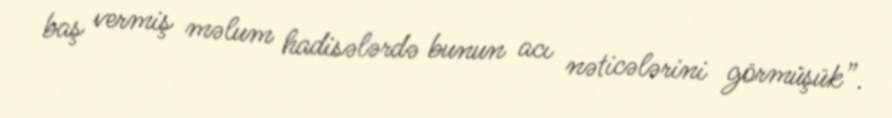
baş vermiş məlum hadisələrdə bunun acı nəticələrini görmüşük”.